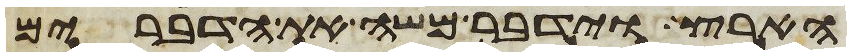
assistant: הארץ וידבר משה את הדברים